Juri_Uluots, lk 78
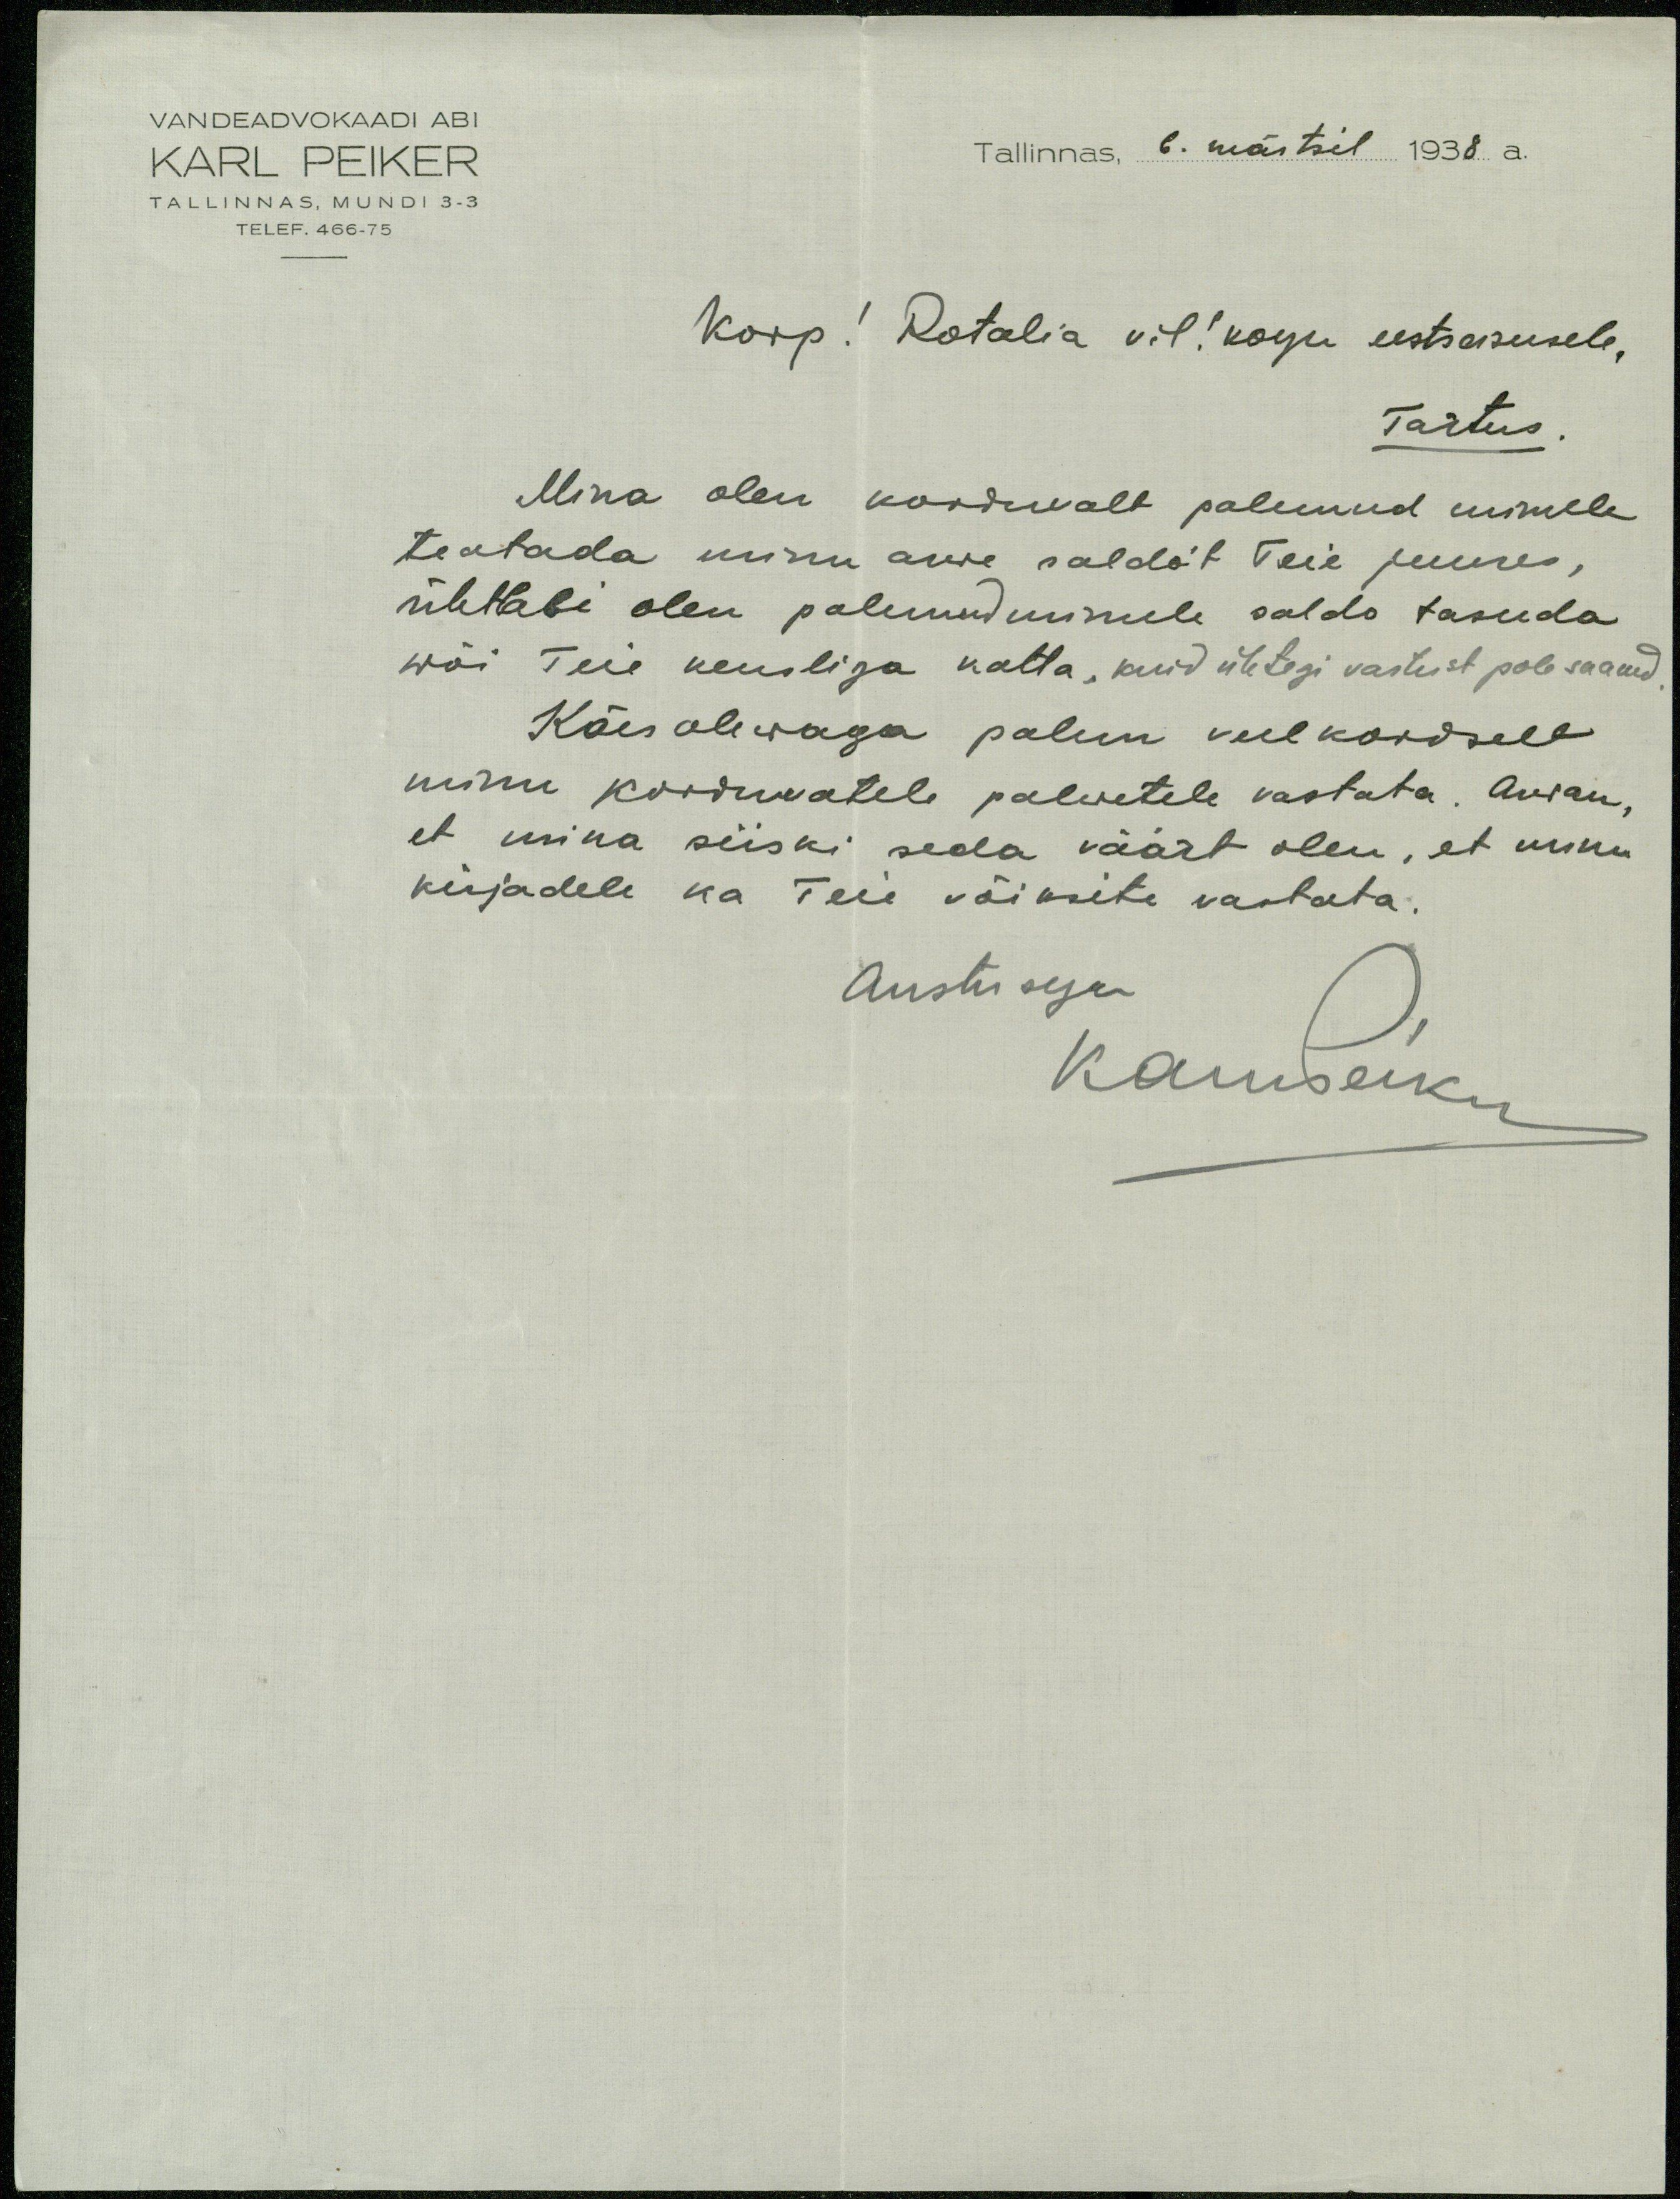
VANDEADVOKAADI ABI
KARL PEIKER
Tallinnas, 6. märtsil 1938 a.
TALLINNAS, MUNDI 3-3
TELEF. 466-75
Korp! Rotalia vil! kogu eestseisusele,
Tartus
Mina olen korduvalt palunud minule
teatada minu arve saldot Teie juures,
ühtlasi olen palunud minule saldo tasuda
wõi Teie veksliga katta, kuid ühtegi vastust pole saanud
Käesolewaga palun veelkordselt
minu korduvatele palwetele vastata. Arwan,
et mina siiski seda väärt olen, et minu
kirjadele ka Teie võiksite vastata.
Austusega
KarlPeiker